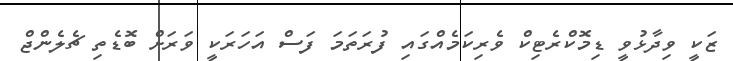
ޒަކީ ވިދާޅުވީ ޑިމޮކްރެޓިކް ވެރިކަމެއްގައި ފުރަތަމަ ފަސް އަހަރަކީ ވަރަށް ބޮޑެތި ޗެލެންޖް